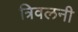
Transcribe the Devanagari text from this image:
त्रिवलनी